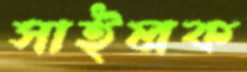
সাইলক